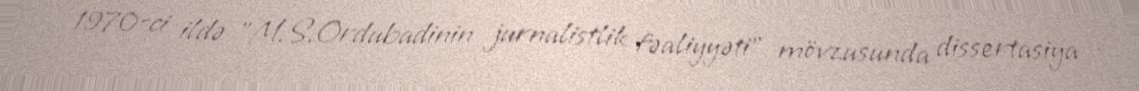
1970-ci ildə "M.S.Ordubadinin jurnalistlik fəaliyyəti" mövzusunda dissertasiya